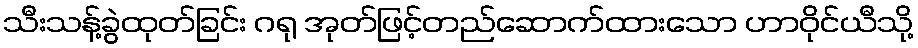
သီးသန့်ခွဲထုတ်ခြင်း ဂရု အုတ်ဖြင့်တည်ဆောက်ထားသော ဟာဝိုင်ယီသို့